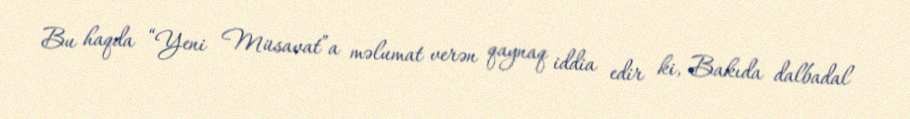
Bu haqda “Yeni Müsavat”a məlumat verən qaynaq iddia edir ki, Bakıda dalbadal